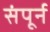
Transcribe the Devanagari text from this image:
संपूर्न